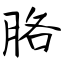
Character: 胳